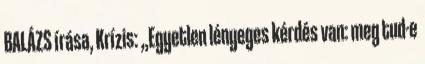
BALÁZS írása, Krízis: „Egyetlen lényeges kérdés van: meg tud-e